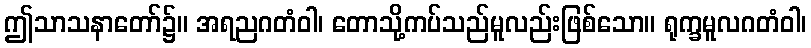
ဤသာသနာတော်၌။ အရညဂတံဝါ၊ တောသို့ကပ်သည်မူလည်းဖြစ်သော။ ရုက္ခမူလဂတံဝါ၊